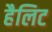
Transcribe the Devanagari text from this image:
हैलिट